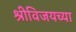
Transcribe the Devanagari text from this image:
श्रीविजयच्या